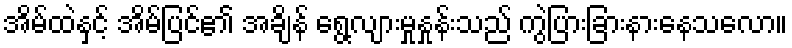
အိမ်ထဲနှင့် အိမ်ပြင်၏ အချိန် ရွေ့လျားမှုနှုန်းသည် ကွဲပြားခြားနားနေသလော။